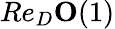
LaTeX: Re_{D}\le O(1)